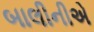
બાલીનીએ